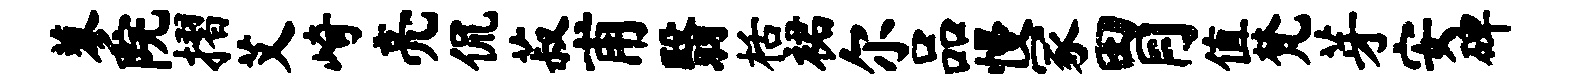
蓼院摺艾崎亮侃菽甫翳栝裙尔品慢冢胃值梵芽安碑